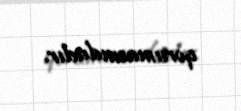
qorumasındadır.